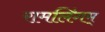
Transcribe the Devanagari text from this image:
रामलिंगम्